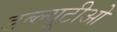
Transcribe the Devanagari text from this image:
डब्‍ल्यूटीओ